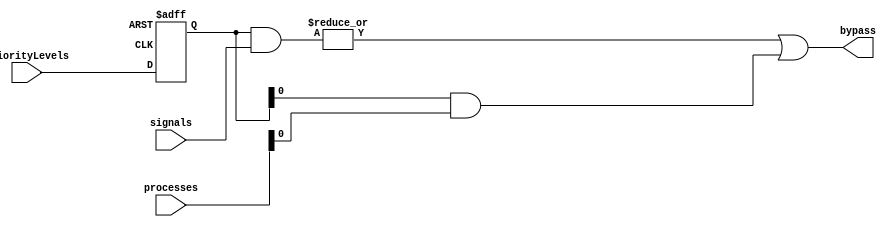
module PriorityBypassRegister (
    input wire [7:0] priorityLevels,
    input wire [7:0] signals,
    input wire [7:0] processes,
    output wire bypass
);

reg [7:0] storedPriorityLevels;

always @ (posedge clk or negedge rst_n) begin
    if (~rst_n) begin
        storedPriorityLevels <= 8'h00;
    end else begin
        storedPriorityLevels <= priorityLevels;
    end
end

assign bypass = |(storedPriorityLevels & signals) | (storedPriorityLevels & processes);

endmodule